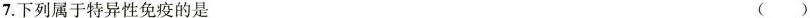
7.下列属于特异性免疫的是（）